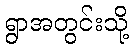
ရွာအတွင်းသို့